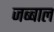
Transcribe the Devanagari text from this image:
जब्बाल